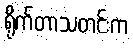
ရိုက်တာသတင်းက